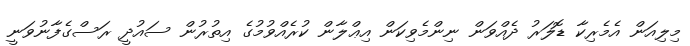
މިލިއަން އެމެރިކާ ޑޮލަރު ދެއްވަން ނިންމެވިކަން އިޢްލާން ކުރެއްވުމުގެ އިތުރުން ސައުދީ ރަސްގެފާނުވަނީ